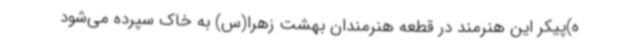
ه)پیکر این هنرمند در قطعه هنرمندان بهشت زهرا(س) به خاک سپرده می‌شود